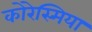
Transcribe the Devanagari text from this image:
कोरेस्मिया